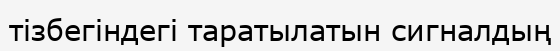
тізбегіндегі таратылатын сигналдың